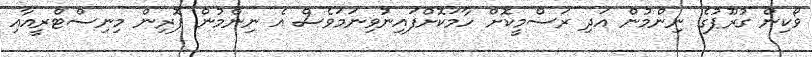
ވޯކިން ގުރޫޕުގެ ނިންމުން އަދި ރަސްމީކޮށް ހާމަކޮށްފައިނުވިނަމަވެސް އެ ނިންމުން ފޮރިން މިނިސްޓްރީއާއި